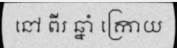
នៅ ពីរ ឆ្នាំ ក្រោយ